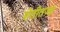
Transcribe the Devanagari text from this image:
शेतीतज्‍ज्ञ